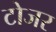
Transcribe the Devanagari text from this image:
टोजर